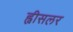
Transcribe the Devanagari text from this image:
ह्वीसलर